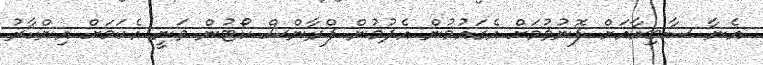
އެނާ ސާބިއާއަށް ފޮނުވުމަށް އެގައުމުން އެދުމުން ފްރާންސް ކޯޓުން ވަނީ އެކަމަށް އިންކާރު